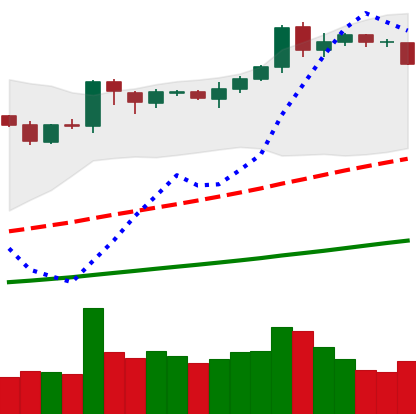
Ticker: BNB-USD
Chart end date: 2019-04-08
Forward return: 3.346%
Label: up_3_5